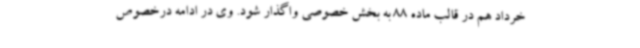
خرداد هم در قالب ماده 88 به بخش خصوصی واگذار شود. وی در ادامه درخصوص